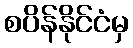
စပိန်နိုင်ငံမှ